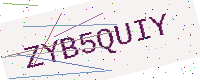
Text: ZYB5QUIY